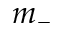
m _ { - }